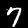
Label: 7